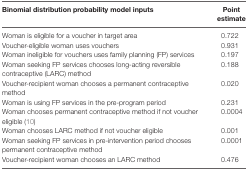
| Binomial distribution probability model inputs | Point estimate |
 | --- | --- |
 | Woman is eligible for a voucher in target area | 0.722 |
 | Voucher-eligible woman uses vouchers | 0.931 |
 | Woman ineligible for vouchers uses family planning (FP) services | 0.197 |
 | Woman seeking FP services chooses long-acting reversible contraceptive (LARC) method | 0.188 |
 | Voucher-recipient woman chooses a permanent contraceptive method | 0.020 |
 | Woman is using FP services in the pre-program period | 0.231 |
 | Woman chooses permanent contraceptive method if not voucher eligible (10) | 0.0004 |
 | Woman chooses LARC method if not voucher eligible | 0.001 |
 | Woman seeking FP services in pre-intervention period chooses permanent contraceptive method | 0.0001 |
 | Voucher-recipient woman chooses an LARC method | 0.476 |